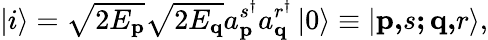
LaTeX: \left\vert i\right\rangle=\sqrt{2E_{\mathbf{p}}}\sqrt{2E_{\mathbf{q}}}a_{\mathbf{p}}^{s^{\dagger}}a_{\mathbf{q}}^{r^{\dagger}}\left\vert 0\right\rangle\equiv\left\vert\mathbf{p,}s\mathbf{;q,}r\right\rangle,